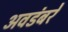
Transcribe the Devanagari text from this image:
अवडंबरे